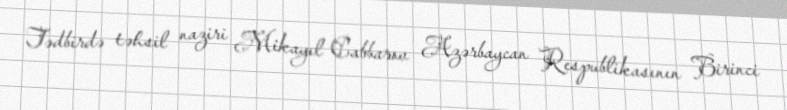
Tədbirdə təhsil naziri Mikayıl Cabbarov Azərbaycan Respublikasının Birinci